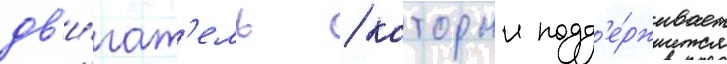
дв'и́гат'ель / которыи подд'е́рживает